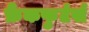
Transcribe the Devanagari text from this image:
फ्रैंकफुर्टर्स